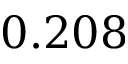
0 . 2 0 8